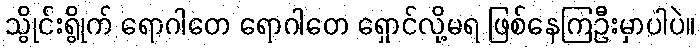
သွိုင်းရွိုက် ရောဂါတေ ရောဂါတေ ရှောင်လို့မရ ဖြစ်နေကြဦးမှာပါပဲ။